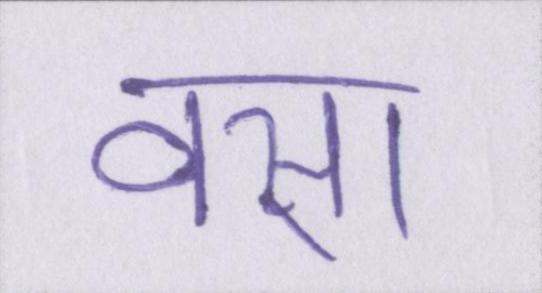
वसा